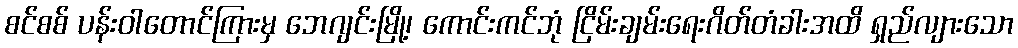
စင်စစ် ပန်းဝါတောင်ကြားမှ ဘေဂျင်းမြို့၊ ကောင်းကင်ဘုံ ငြိမ်းချမ်းရေးဂိတ်တံခါးအထိ ရှည်လျားသော